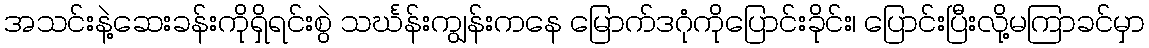
အသင်းနဲ့ဆေးခန်းကိုရှိရင်းစွဲ သင်္ဃန်းကျွန်းကနေ မြောက်ဒဂုံကိုပြောင်းခိုင်း၊ ပြောင်းပြီးလို့မကြာခင်မှာ